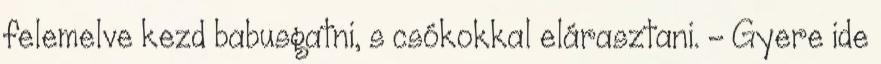
felemelve kezd babusgatni, s csókokkal elárasztani. - Gyere ide